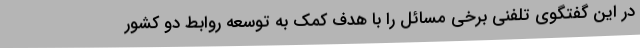
در این گفتگوی تلفنی برخی مسائل را با هدف کمک به توسعه روابط دو کشور